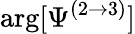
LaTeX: \arg[\Psi^{(2\rightarrow 3)}]